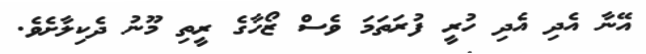
އޭނާ އެދި އެދި ހުރީ ފުރަތަމަ ވެސް ޒޯހާގެ ރީތި މޫނު ދެކިލާށެވެ.